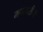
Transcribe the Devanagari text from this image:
म्हातारीची